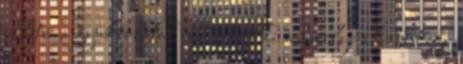
illetve a gyakorlatok nem adott ki semmilyen hatást egy